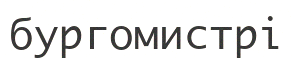
бургомистрі